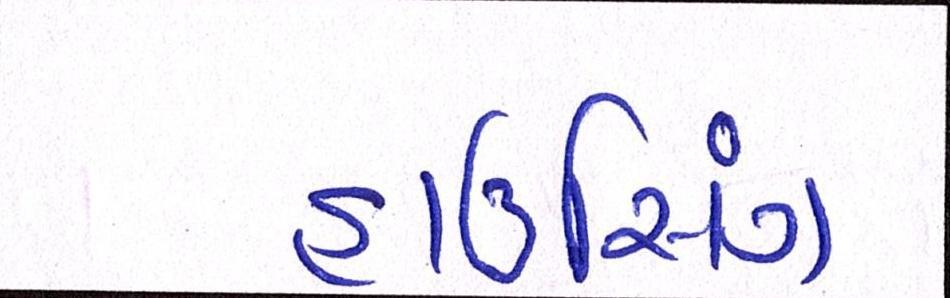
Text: હાઉસિંગ